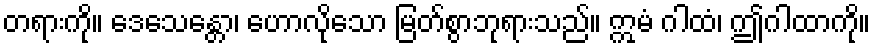
တရားကို။ ဒေသေန္တော၊ ဟောလိုသော မြတ်စွာဘုရားသည်။ ဣမံ ဂါထံ၊ ဤဂါထာကို။